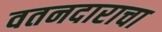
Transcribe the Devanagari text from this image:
वतनदाराचा